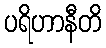
ပရိဟာနီတိ